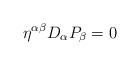
LaTeX: \begin{align*}\eta ^{\alpha \beta }D_{\alpha }P_{\beta }=0 \end{align*}